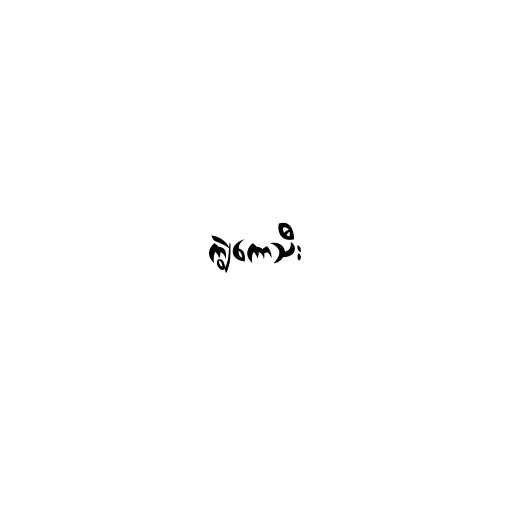
ကျွဲကောသီး